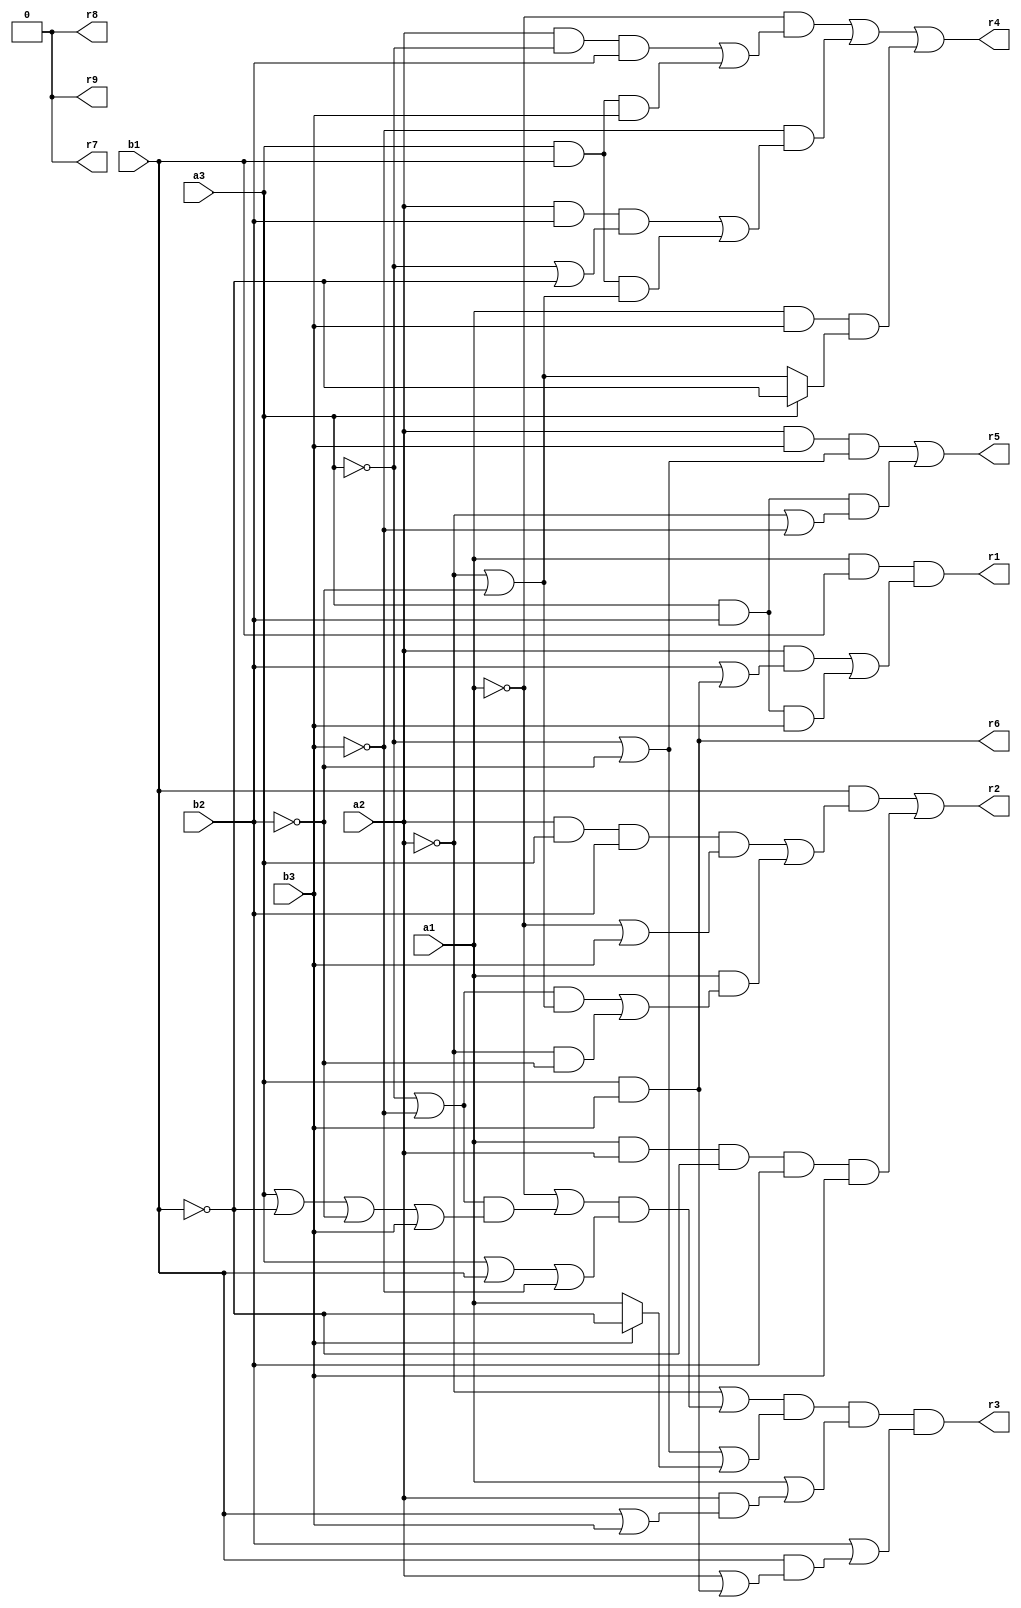
// Benchmark "mult_3x3_8_out" written by ABC on Sat May 21 16:00:29 2022

module mult_3x3_8( 
    a1, a2, a3, b1, b2, b3,
    r1, r2, r3, r4, r5, r6, r7, r8, r9  );
  input  a1, a2, a3, b1, b2, b3;
  output r1, r2, r3, r4, r5, r6, r7, r8, r9;
  assign r7 = 1'b0;
  assign r1 = a1 & b1 & ((a2 & (b2 | (a3 & b3))) | (a3 & b2 & b3));
  assign r2 = (b1 & ((a2 & a3 & b2 & (~a1 | b3)) | (a1 & (((~a3 | ~b3) & (~a2 | ~b2)) | (~a2 & ~b2))))) | (a1 & a2 & ~b1 & b2 & b3);
  assign r3 = (~a2 | ((~a1 | ((~a3 | ~b3) & (a3 | ~b1 | ~b2 | b3))) & (a3 | b1 | ~b3))) & (~a3 | ~b2 | (b3 ? ~b1 : a1)) & (a1 | (a2 & (b1 | b3))) & (b2 | (b1 & (a2 | (a3 & b3))));
  assign r4 = (~a1 & ((a2 & ~a3 & b2) | (a3 & b1 & b3))) | (~b3 & ((a2 & b2 & (~a3 | ~b1)) | (a3 & b1 & (~a2 | ~b2)))) | (a1 & b3 & (a3 ? ~b1 : (~a2 | ~b2)));
  assign r5 = (a2 & b3 & (~a3 | ~b2)) | (a3 & b2 & (~a2 | ~b3));
  assign r6 = a3 & b3;
  assign r8 = r7;
  assign r9 = r7;
endmodule